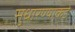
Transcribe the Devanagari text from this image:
सुधारण्याकडे